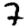
Digit: 2